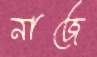
নাজে